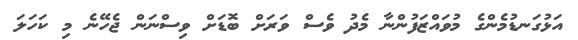
އަޅުގަނޑުމެންގެ މުވައްޒަފުންނާ މެދު ވެސް ވަރަށް ބޮޑަށް ވިސްނަން ޖެހޭނެ މި ކަހަލަ